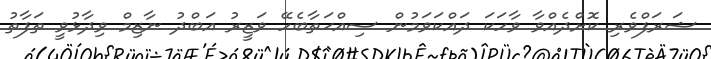
ޝަރަފްވެރި ކޮށްދެއްވާ ވާހަކަ ދައްކަވަމުން ސިއްޙަތާބެހޭ ވަޒީރު އަބްދު ނާޒިމް ވިދާޅުވީ ތަފާތު